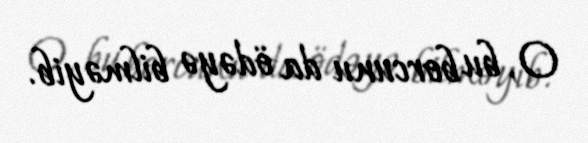
O, bu borcunu da ödəyə bilməyib.